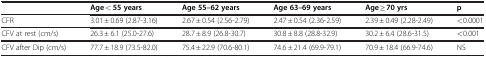
<table><thead><tr><td><b> </b></td><td><b>Age &lt; 55 years</b></td><td><b>Age 55–62 years</b></td><td><b>Age 63–69 years</b></td><td><b>Age ≥ 70 yrs</b></td><td><b>p</b></td></tr></thead><tbody><tr><td>CFR</td><td>3.01 ± 0.69 (2.87-3.16)</td><td>2.67 ± 0.54 (2.56-2.79)</td><td>2.47 ± 0.54 (2.36-2.59)</td><td>2.39 ± 0.49 (2.28-2.49)</td><td>&lt;0.0001</td></tr><tr><td>CFV at rest (cm/s)</td><td>26.3 ± 6.1 (25.0-27.6)</td><td>28.7 ± 8.9 (26.8-30.7)</td><td>30.8 ± 8.8 (28.8-32.9)</td><td>30.2 ± 6.4 (28.6-31.5)</td><td>&lt;0.001</td></tr><tr><td>CFV after Dip (cm/s)</td><td>77.7 ± 18.9 (73.5-82.0)</td><td>75.4 ± 22.9 (70.6-80.1)</td><td>74.6 ± 21.4 (69.9-79.1)</td><td>70.9 ± 18.4 (66.9-74.6)</td><td>NS</td></tr></tbody></table>